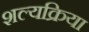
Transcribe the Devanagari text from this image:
शल्‍यक्रिया